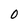
Character: O